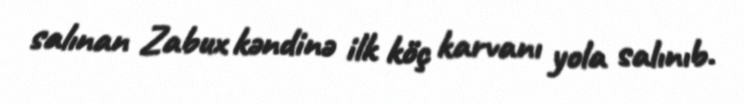
salınan Zabux kəndinə ilk köç karvanı yola salınıb.